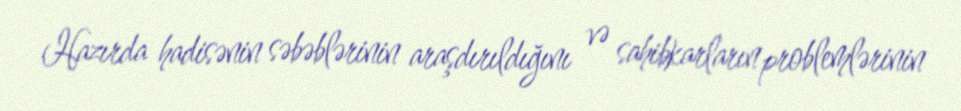
Hazırda hadisənin səbəblərinin araşdırıldığını və sahibkarların problemlərinin